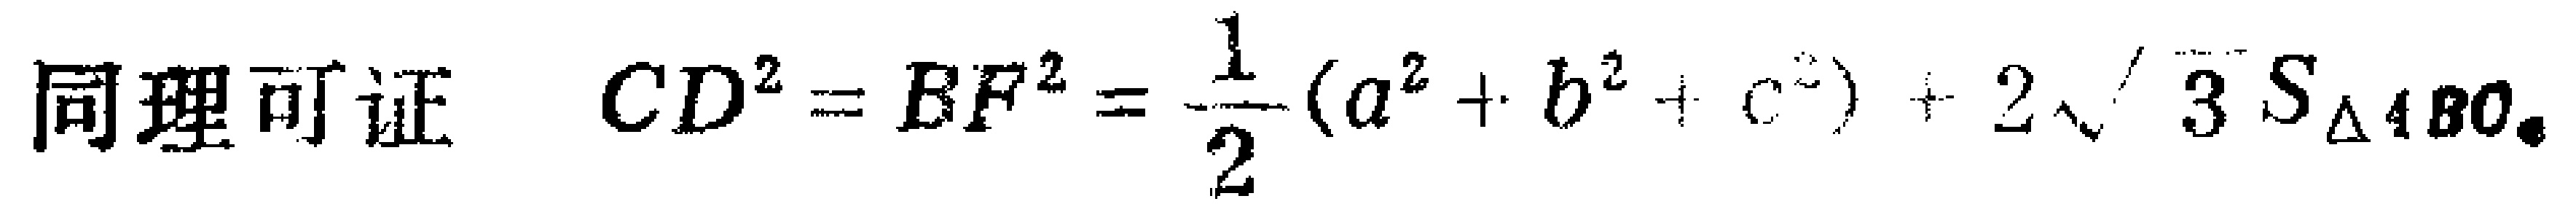
同理可证 \(CD^{2}=BF^{2}=\frac{1}{2}(a^{2}+b^{2}+c^{2}) + 2\sqrt{3}S_{\triangle ABC}\)